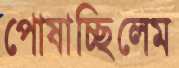
পোষাচ্ছিলেম